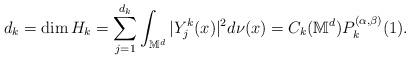
LaTeX: \begin{align*}d_{k}=\dim H_{k}=\sum_{j=1}^{d_{k}}\int_{\mathbb{M}^{d}}|Y_{j}^{k}(x)|^{2}d\nu (x)=C_{k}(\mathbb{M}^{d})P_{k}^{(\alpha ,\beta )}(1). \end{align*}